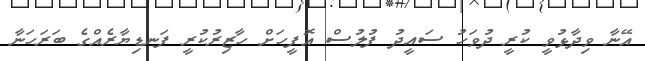
އޭނާ ވިދާޅުވީ ކުރީ ދުވަހު ސައީދު ފުލުސް އޮފީހަށް ހާޒިރުކުރީ ފަނޑިޔާރެއްގެ ބަރަހަނާ